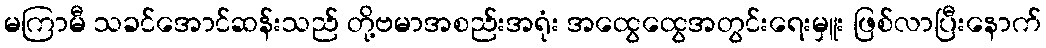
မကြာမီ သခင်အောင်ဆန်းသည် တို့ဗမာအစည်းအရုံး အထွေထွေအတွင်းရေးမှူး ဖြစ်လာပြီးနောက်